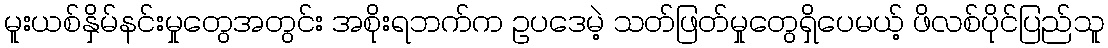
မူးယစ်နှိမ်နင်းမှုတွေအတွင်း အစိုးရဘက်က ဥပဒေမဲ့ သတ်ဖြတ်မှုတွေရှိပေမယ့် ဖိလစ်ပိုင်ပြည်သူ